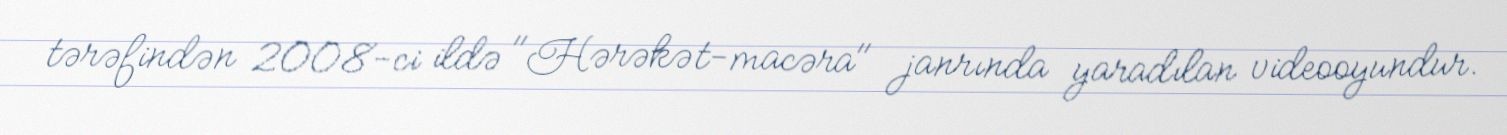
tərəfindən 2008-ci ildə "Hərəkət-macəra" janrında yaradılan videooyundur.